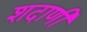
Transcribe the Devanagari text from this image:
शदाणी